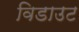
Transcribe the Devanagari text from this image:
विडाउट